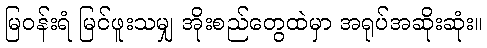
မြဝန်းရံ မြင်ဖူးသမျှ အိုးစည်တွေထဲမှာ အရုပ်အဆိုးဆုံး။